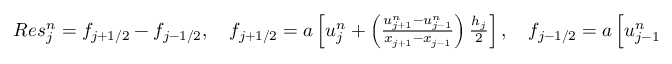
\begin{array} { r } { R e s _ { j } ^ { n } = f _ { j + 1 / 2 } - f _ { j - 1 / 2 } , \quad f _ { j + 1 / 2 } = a \left[ u _ { j } ^ { n } + \left( \frac { u _ { j + 1 } ^ { n } - u _ { j - 1 } ^ { n } } { x _ { j + 1 } - x _ { j - 1 } } \right) \frac { h _ { j } } { 2 } \right] , \quad f _ { j - 1 / 2 } = a \left[ u _ { j - 1 } ^ { n } + \left( \frac { u _ { j } ^ { n } - u _ { j - 2 } ^ { n } } { x _ { j } - x _ { j - 2 } } \right) \frac { h _ { j - 1 } } { 2 } \right] , } \end{array}